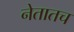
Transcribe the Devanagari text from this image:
नेतातच